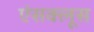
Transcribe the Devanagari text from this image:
एंसक्लूस